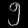
Digit: ၅